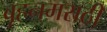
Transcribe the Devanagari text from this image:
बृहन्‌मराठी